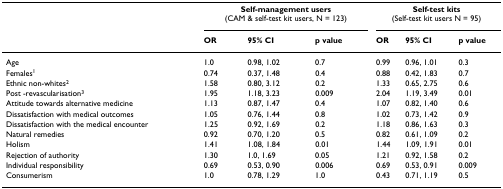
<table><thead><tr><td></td><td colspan="3"><b>Self-management users (CAM &amp; self-test kit users, N = 123)</b></td><td colspan="3"><b>Self-test kits (Self-test kit users N = 95)</b></td></tr><tr><td></td><td><b>OR</b></td><td><b>95% CI</b></td><td><b>p value</b></td><td><b>OR</b></td><td><b>95% CI</b></td><td><b>p value</b></td></tr></thead><tbody><tr><td>Age</td><td>1.0</td><td>0.98, 1.02</td><td>0.7</td><td>0.99</td><td>0.96, 1.01</td><td>0.3</td></tr><tr><td>Females<sup>1</sup></td><td>0.74</td><td>0.37, 1.48</td><td>0.4</td><td>0.88</td><td>0.42, 1.83</td><td>0.7</td></tr><tr><td>Ethnic non-whites<sup>2</sup></td><td>1.58</td><td>0.80, 3.12</td><td>0.2</td><td>1.33</td><td>0.65, 2.75</td><td>0.6</td></tr><tr><td>Post -revascularisation<sup>3</sup></td><td>1.95</td><td>1.18, 3.23</td><td>0.009</td><td>2.04</td><td>1.19, 3.49</td><td>0.01</td></tr><tr><td>Attitude towards alternative medicine</td><td>1.13</td><td>0.87, 1.47</td><td>0.4</td><td>1.07</td><td>0.82, 1.40</td><td>0.6</td></tr><tr><td>Dissatisfaction with medical outcomes</td><td>1.05</td><td>0.76, 1.44</td><td>0.8</td><td>1.02</td><td>0.73, 1.42</td><td>0.9</td></tr><tr><td>Dissatisfaction with the medical encounter</td><td>1.25</td><td>0.92, 1.69</td><td>0.2</td><td>1.18</td><td>0.86, 1.63</td><td>0.3</td></tr><tr><td>Natural remedies</td><td>0.92</td><td>0.70, 1.20</td><td>0.5</td><td>0.82</td><td>0.61, 1.09</td><td>0.2</td></tr><tr><td>Holism</td><td>1.41</td><td>1.08, 1.84</td><td>0.01</td><td>1.44</td><td>1.09, 1.91</td><td>0.01</td></tr><tr><td>Rejection of authority</td><td>1.30</td><td>1.0, 1.69</td><td>0.05</td><td>1.21</td><td>0.92, 1.58</td><td>0.2</td></tr><tr><td>Individual responsibility</td><td>0.69</td><td>0.53, 0.90</td><td>0.006</td><td>0.69</td><td>0.53, 0.91</td><td>0.009</td></tr><tr><td>Consumerism</td><td>1.0</td><td>0.78, 1.29</td><td>1.0</td><td>0.43</td><td>0.71, 1.19</td><td>0.5</td></tr></tbody></table>